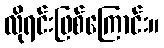
လိုရင်းဖြစ်ကြောင်း။